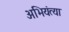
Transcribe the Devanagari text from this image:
अभियंत्या